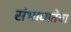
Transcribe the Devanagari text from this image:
संभाव्यतेचा